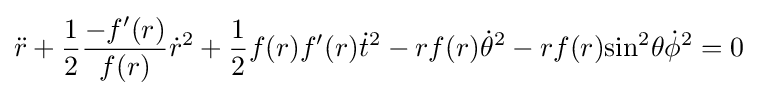
{\ddot {r}}+{\frac {1}{2}}{\frac {-f'(r)}{f(r)}}{\dot {r}}^{2}+{\frac {1}{2}}f(r)f'(r){\dot {t}}^{2}-rf(r){\dot {\theta }}^{2}-rf(r){\text{sin}}^{2}\theta {\dot {\phi }}^{2}=0